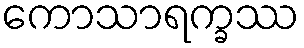
ကောသာရက္ခဿ